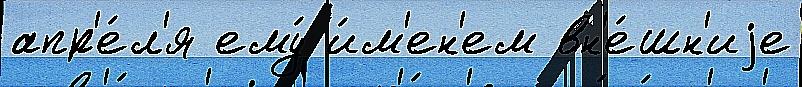
апр'е́л'я ему́ и́м'ен'ем вн'е́шн'иjе